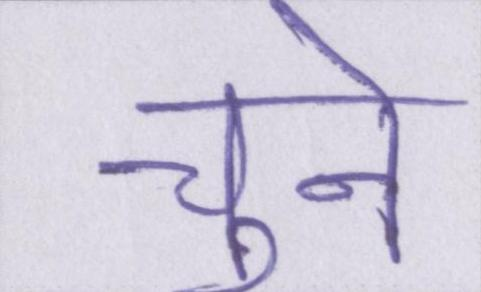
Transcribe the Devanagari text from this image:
चुनें